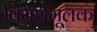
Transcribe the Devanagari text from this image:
विमर्शमूलक